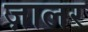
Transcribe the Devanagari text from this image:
ज़ालर